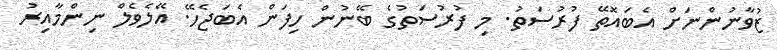
ޒުވާނުންނަށް އެބައޮތޭ ފުރުސަތު. މި ފުރުސަތުގެ ބޭނުން ހިފަން އެބަޖެހޭ. އޭލެވެލް ނިންމާއިރު